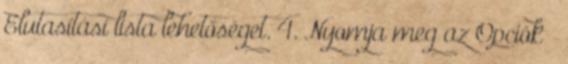
Elutasítási lista lehetőséget. 4. Nyomja meg az Opciók →